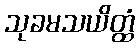
သုခမသယိတ္ထံ